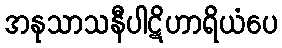
အနုသာသနီပါဋိဟာရိယံပေ